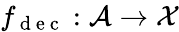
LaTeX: f_{\mathrm{~d~e~c~}}:\mathcal{A}\xrightarrow{}\mathcal{X}